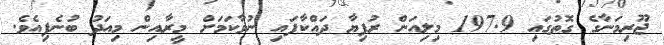
ޖޫރިމަނާގެ ގޮތުގައި 197.9 މިލިއަން ރުފިޔާ ދައްކާފައި ނުވާކަމަށް މީރާއިން މިއަދު ބުނެފިއެވެ.